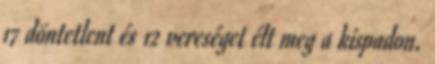
17 döntetlent és 12 vereséget élt meg a kispadon.